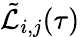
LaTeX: \tilde{\mathcal{L}}_{i,j}(\tau)